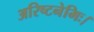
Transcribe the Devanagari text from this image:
अरिष्टनेमिः।